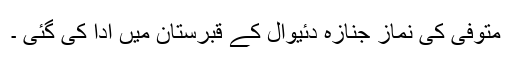
متوفی کی نماز جنازہ دئیوال کے قبرستان میں ادا کی گئی ۔